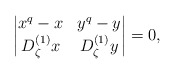
\begin{align*}\begin{vmatrix}x^q-x & y^q-y \\ D_{\zeta}^{(1)} x & D_{\zeta}^{(1)} y\end{vmatrix}=0,\end{align*}